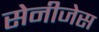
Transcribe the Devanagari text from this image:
सेनीजेस